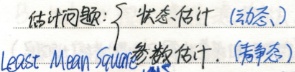
估计问题: \(\begin{cases} 状态估计(动态) \\ \text{最小均方（Least Mean Square）} 参数估计(静态) \end{cases}\)